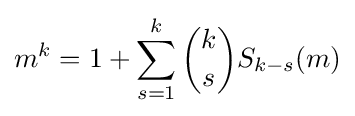
m^{k}=1+\sum _{s=1}^{k}{\binom {k}{s}}S_{k-s}(m)